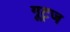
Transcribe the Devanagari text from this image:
गूट्ज